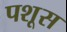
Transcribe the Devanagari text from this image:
पशूस